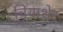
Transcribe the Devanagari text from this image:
चियाशेर